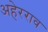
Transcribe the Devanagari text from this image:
अहेरराव